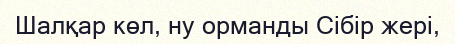
Шалқар көл, ну орманды Сібір жері,